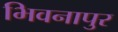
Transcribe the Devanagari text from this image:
भिवनापुर